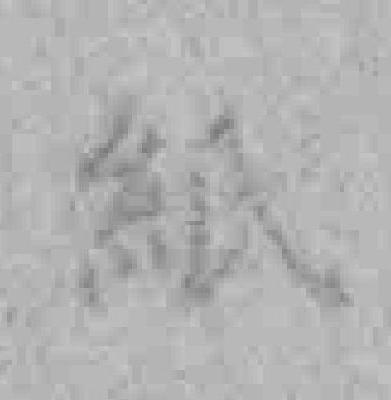
紙